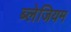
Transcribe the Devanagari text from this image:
ब्लेजियम